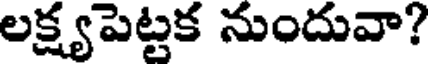
లక్ష్యపెట్టక నుందువా?